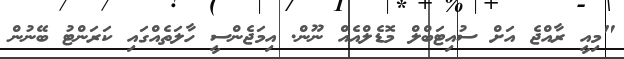
"މިއީ ރާއްޖެ އަށް ސުއިޓަބްލް މޮޑެލްއެއް ނޫން. އިމަޖެންސީ ހާލަތެއްގައި ކަރަންޓު ބޭނުން